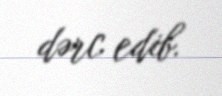
dərc edib.